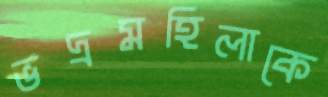
ভদ্রমহিলাকে